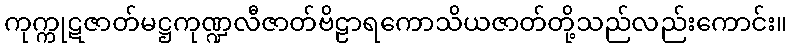
ကုက္ကုဋဇာတ်မဋ္ဌကုဏ္ဍလီဇာတ်ဗိဠာရကောသိယဇာတ်တို့သည်လည်းကောင်း။